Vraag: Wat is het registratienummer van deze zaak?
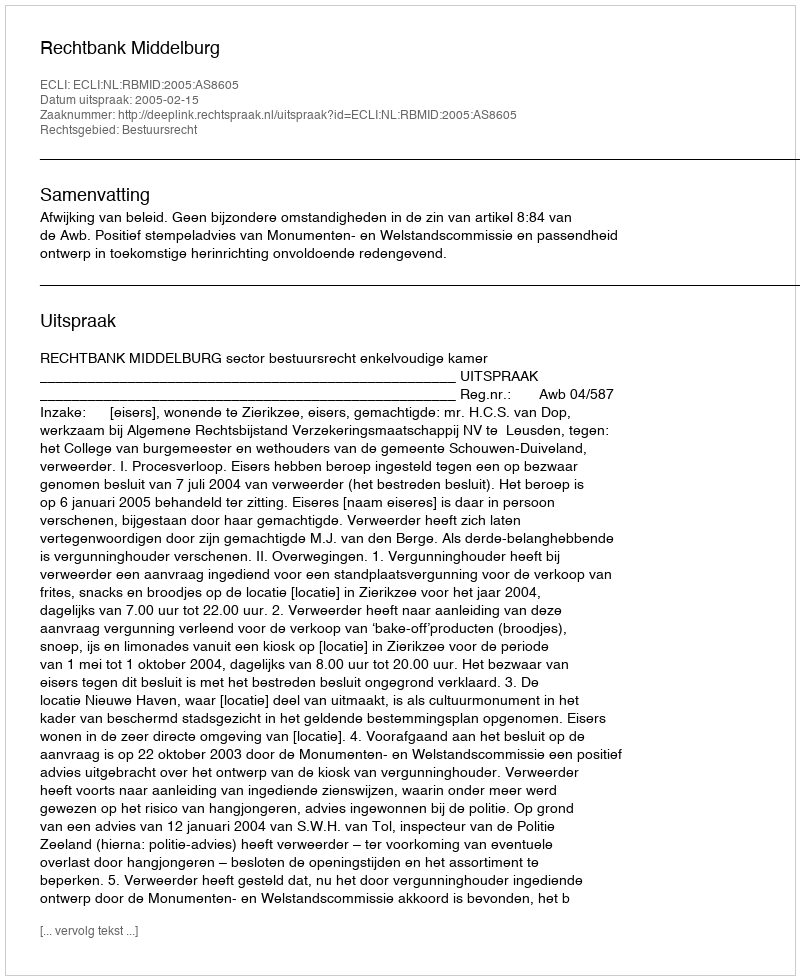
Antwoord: http://deeplink.rechtspraak.nl/uitspraak?id=ECLI:NL:RBMID:2005:AS8605